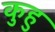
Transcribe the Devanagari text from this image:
कुहु